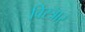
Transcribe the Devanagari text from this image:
विस्त्रार